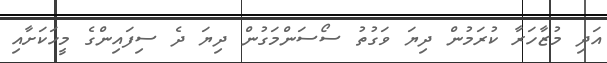
އަދި މުޒާހަރާ ކުރަމުން ދިޔަ ވަގުތު ސޯސަންމަގުން ދިޔަ ދެ ސިފައިންގެ މީހަކަށާއި